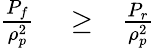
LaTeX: \begin{array}{rlr}{\frac{P_{f}}{\rho_{p}^{2}}}&{{}\ge}&{\frac{P_{r}}{\rho_{p}^{2}}}\end{array}